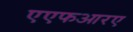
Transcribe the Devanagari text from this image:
एएफआरए